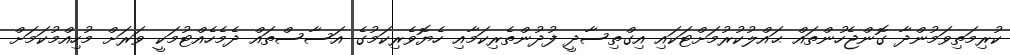
ކުރިމަތިވަމުންދާ ގޮންޖެހުންތައް ޙައްލުކުރުމަށްޓަކައި އިގްތިސާދީ ފުދުންތެރިކަމާއި ހެޔޮވެރިކަމުގެ އަސާސްތައް ދެމެހެއްޓުމަކީ ވަރަށް މުހިއްމުކަމަށް